Bombay plague: being a history of the progress of plague in the Bombay presidency from September 1896 to June 1899
Year: 1896
Disease focus: Plague
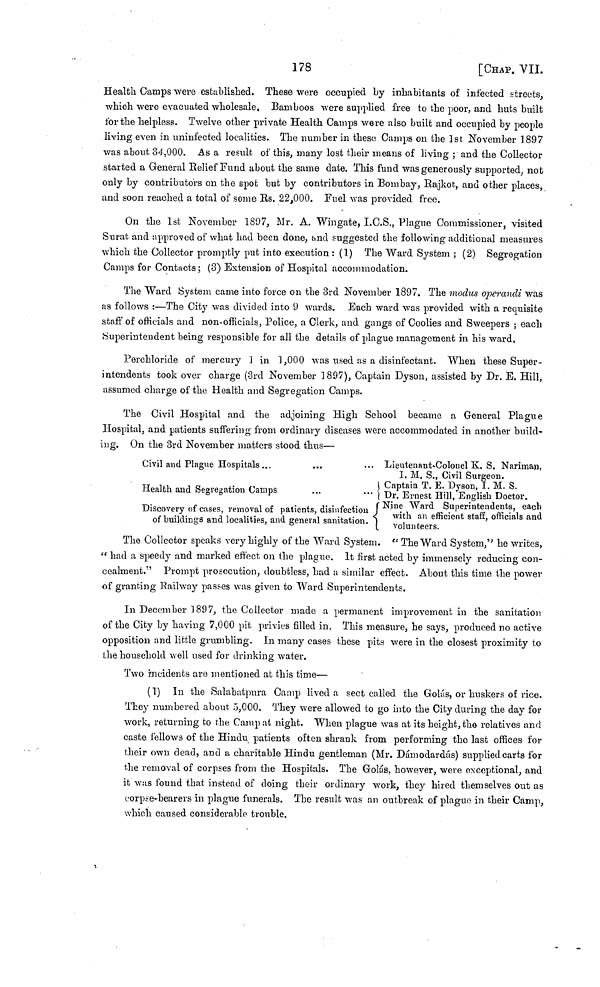
178
[CHAP. VII.
Health Camps were established. These were occupied by inhabitants of infected streets,
which were evacuated wholesale. Bamboos were supplied free to the poor, and huts built
for the helpless. Twelve other private Health Camps were also built and occupied by people
living even in uniufected localities. The number in these Camps on the 1st November 1897
was about 34,000. As a result of this, many lost their means of living; and the Collector
started a General Belief Fund about the same date. This fund was generously supported, not
only by contributors on the spot but by contributors in Bombay, Rajkot, and other places,
and soon reached a total of some Rs. 22,000. Fuel was provided free.
On the 1st November 1897, Mr. A. Wingate, I.C.S., Plague Commissioner, visited
Surat and approved of what had been done, and suggested the following additional measures
which the Collector promptly put into execution : (1) The Ward System ; (2) Segregation
Camps for Contacts ; (3) Extension of Hospital accommodation.
The Ward System came into force on the 3rd November 1897. The modus operandi was
as follows :—The City was divided into 9 wards. Each ward was provided with a requisite
staff of officials and non-officials, Police, a Clerk, and gangs of Coolies and Sweepers ; each
Superintendent being responsible for all the details of plague management in his ward.
Perchloride of mercury 1 in 1,000 was used as a disinfectant. When these Super-
intendents took over charge (3rd November 1897), Captain Dyson, assisted by Dr. E. Hill,
assumed charge of the Health and Segregation Camps.
The Civil Hospital and the adjoining High School became a General Plague
Hospital, and patients suffering from ordinary diseases were accommodated in another build-
ing. On the 3rd November matters stood thus—
Civil and Plague Hospitals ...
...
... Lieutenant Colonel K. S. Nariman,
I. M. S., Civil Surgeon.
Health
and
segregation
campus
Captain T. E. Dyson, I. M. S.
Health and Segregation Camps
... ...Dr. Ernest Hill, Engliah Doctor.
Discovery of cases, removal of patients, disinfection Nine Ward Superintendents each
of buildings and locaties, and general sanitation. with an efficient start, oftmals and
of buildings and localities, and general sanitation. with an efficients staff, officials and
volunteers.
The Collector speaks very highly of the Ward System. "The Ward System," he writes,
"had a speedy and marked effect on the plague. It first acted by immensely reducing con-
cealment.'' Prompt prosecution, doubtless, had a similar effect. About this time the power
of granting Railway passes was given to Ward Superintendents.
In December 1897, the Collector made a permanent improvement in the sanitation
of the City by having 7,000 pit privies filled in. This measure, he says, produced no active
opposition and little grumbling. In many cases these pits were in the closest proximity to
the household well used for drinking water.
Two incidents are mentioned at this time—
(1) In the Salabatpura Camp lived a sect called the Golás, or huskers of rice.
They numbered about 5,000. They were allowed to go into the City during the day for
work, returning to the Camp at night. When plague was at its height, the relatives and
caste fellows of the Hindu patients often shrank from performing the last offices for
their own dead, and a charitable Hindu gentleman (Mr. Dámodardás) supplied carts for
the removal of corpses from the Hospitals. The Golás, however, were exceptional, and
it was found that instead of doing their ordinary work, they hired themselves out as
corpse-bearers in plague funerals. The result was an outbreak of plague in their Camp,
which caused considerable trouble.